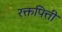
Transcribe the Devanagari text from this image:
रक्तपित्ती